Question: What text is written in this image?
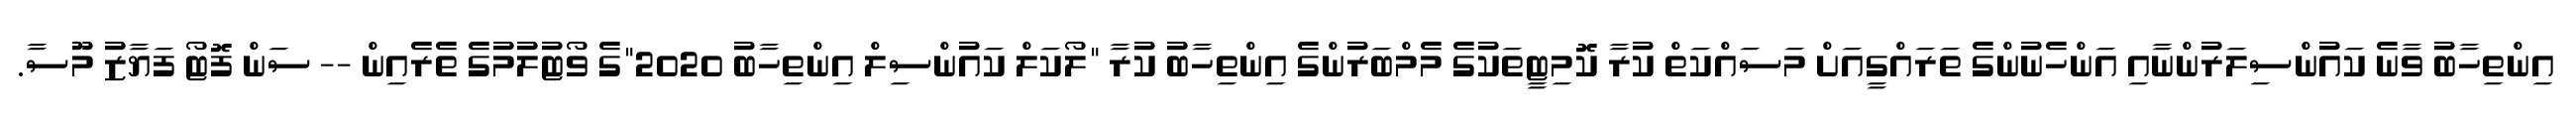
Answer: އިންތިހާބު ވާނެ ކައުންސިލަރުންނާއި އަންހެނުންގެ ތަރައްގީއަށް މަސައްކަތް ކުރާ ކޮމިޓީތަކުގެ މެމްބަރުންގެ އިންތިހާބު ކުރާ "ލޯކަލް ކައުންސިލް އިންތިހާބު 2020"ގެ ވޯޓުލުމުގެ ތެރެއިން -- ސަން ފޮޓޯ ފަޔާޒު މޫސާ.